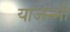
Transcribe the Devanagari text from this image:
याजन्मी